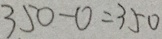
3 5 0 - 0 = 3 5 0